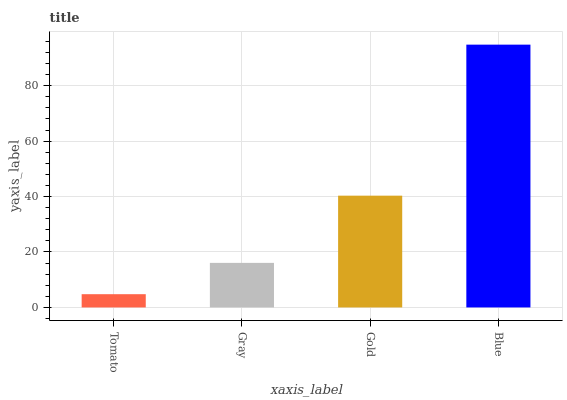
| xaxis_label | bars |
 | --- | --- |
 | Tomato | 4.78 |
 | Gray | 16.1 |
 | Gold | 40.3 |
 | Blue | 94.8 |